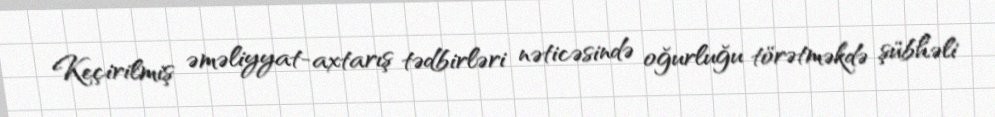
Keçirilmiş əməliyyat-axtarış tədbirləri nəticəsində oğurluğu törətməkdə şübhəli